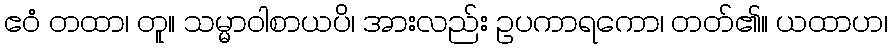
ဧဝံ တထာ၊ တူ။ သမ္မာဝါစာယပိ၊ အားလည်း ဥပကာရကော၊ တတ်၏။ ယထာဟ၊